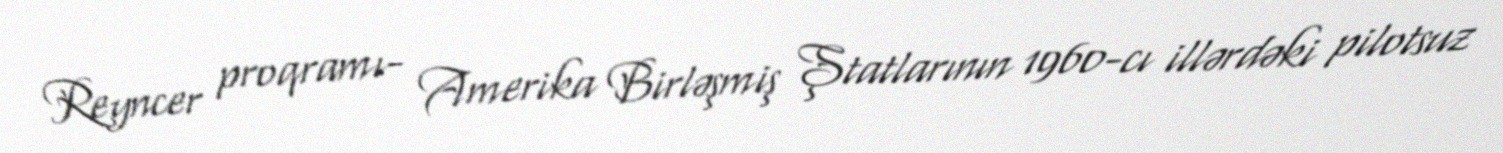
Reyncer proqramı- Amerika Birləşmiş Ştatlarının 1960-cı illərdəki pilotsuz